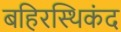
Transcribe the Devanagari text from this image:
बहिरस्थिकंद